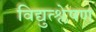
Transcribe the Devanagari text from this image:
विद्युत्श्लेषण